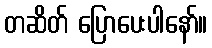
တဆိတ် ပြောပေးပါနော်။